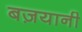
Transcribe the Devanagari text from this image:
बज़यानी